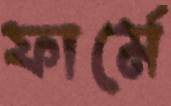
ফার্মে